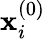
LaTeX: \mathbf{x}_{i}^{(0)}